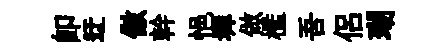
即迂傲幹悒墀做檻吾侣瑚